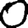
Digit: 0